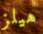
هيلز